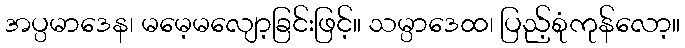
အပ္ပမာဒေန၊ မမေ့မလျော့ခြင်းဖြင့်။ သမ္ပာဒေထ၊ ပြည့်စုံကုန်လော့။